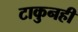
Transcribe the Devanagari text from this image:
टाकुनही